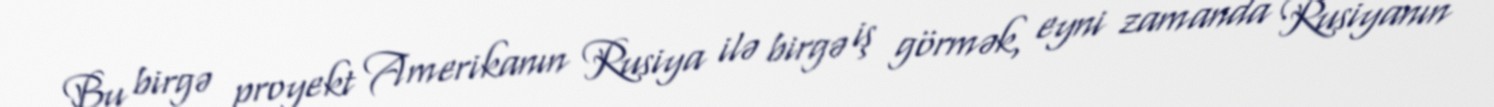
Bu birgə proyekt Amerikanın Rusiya ilə birgə iş görmək, eyni zamanda Rusiyanın